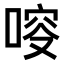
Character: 𠷃